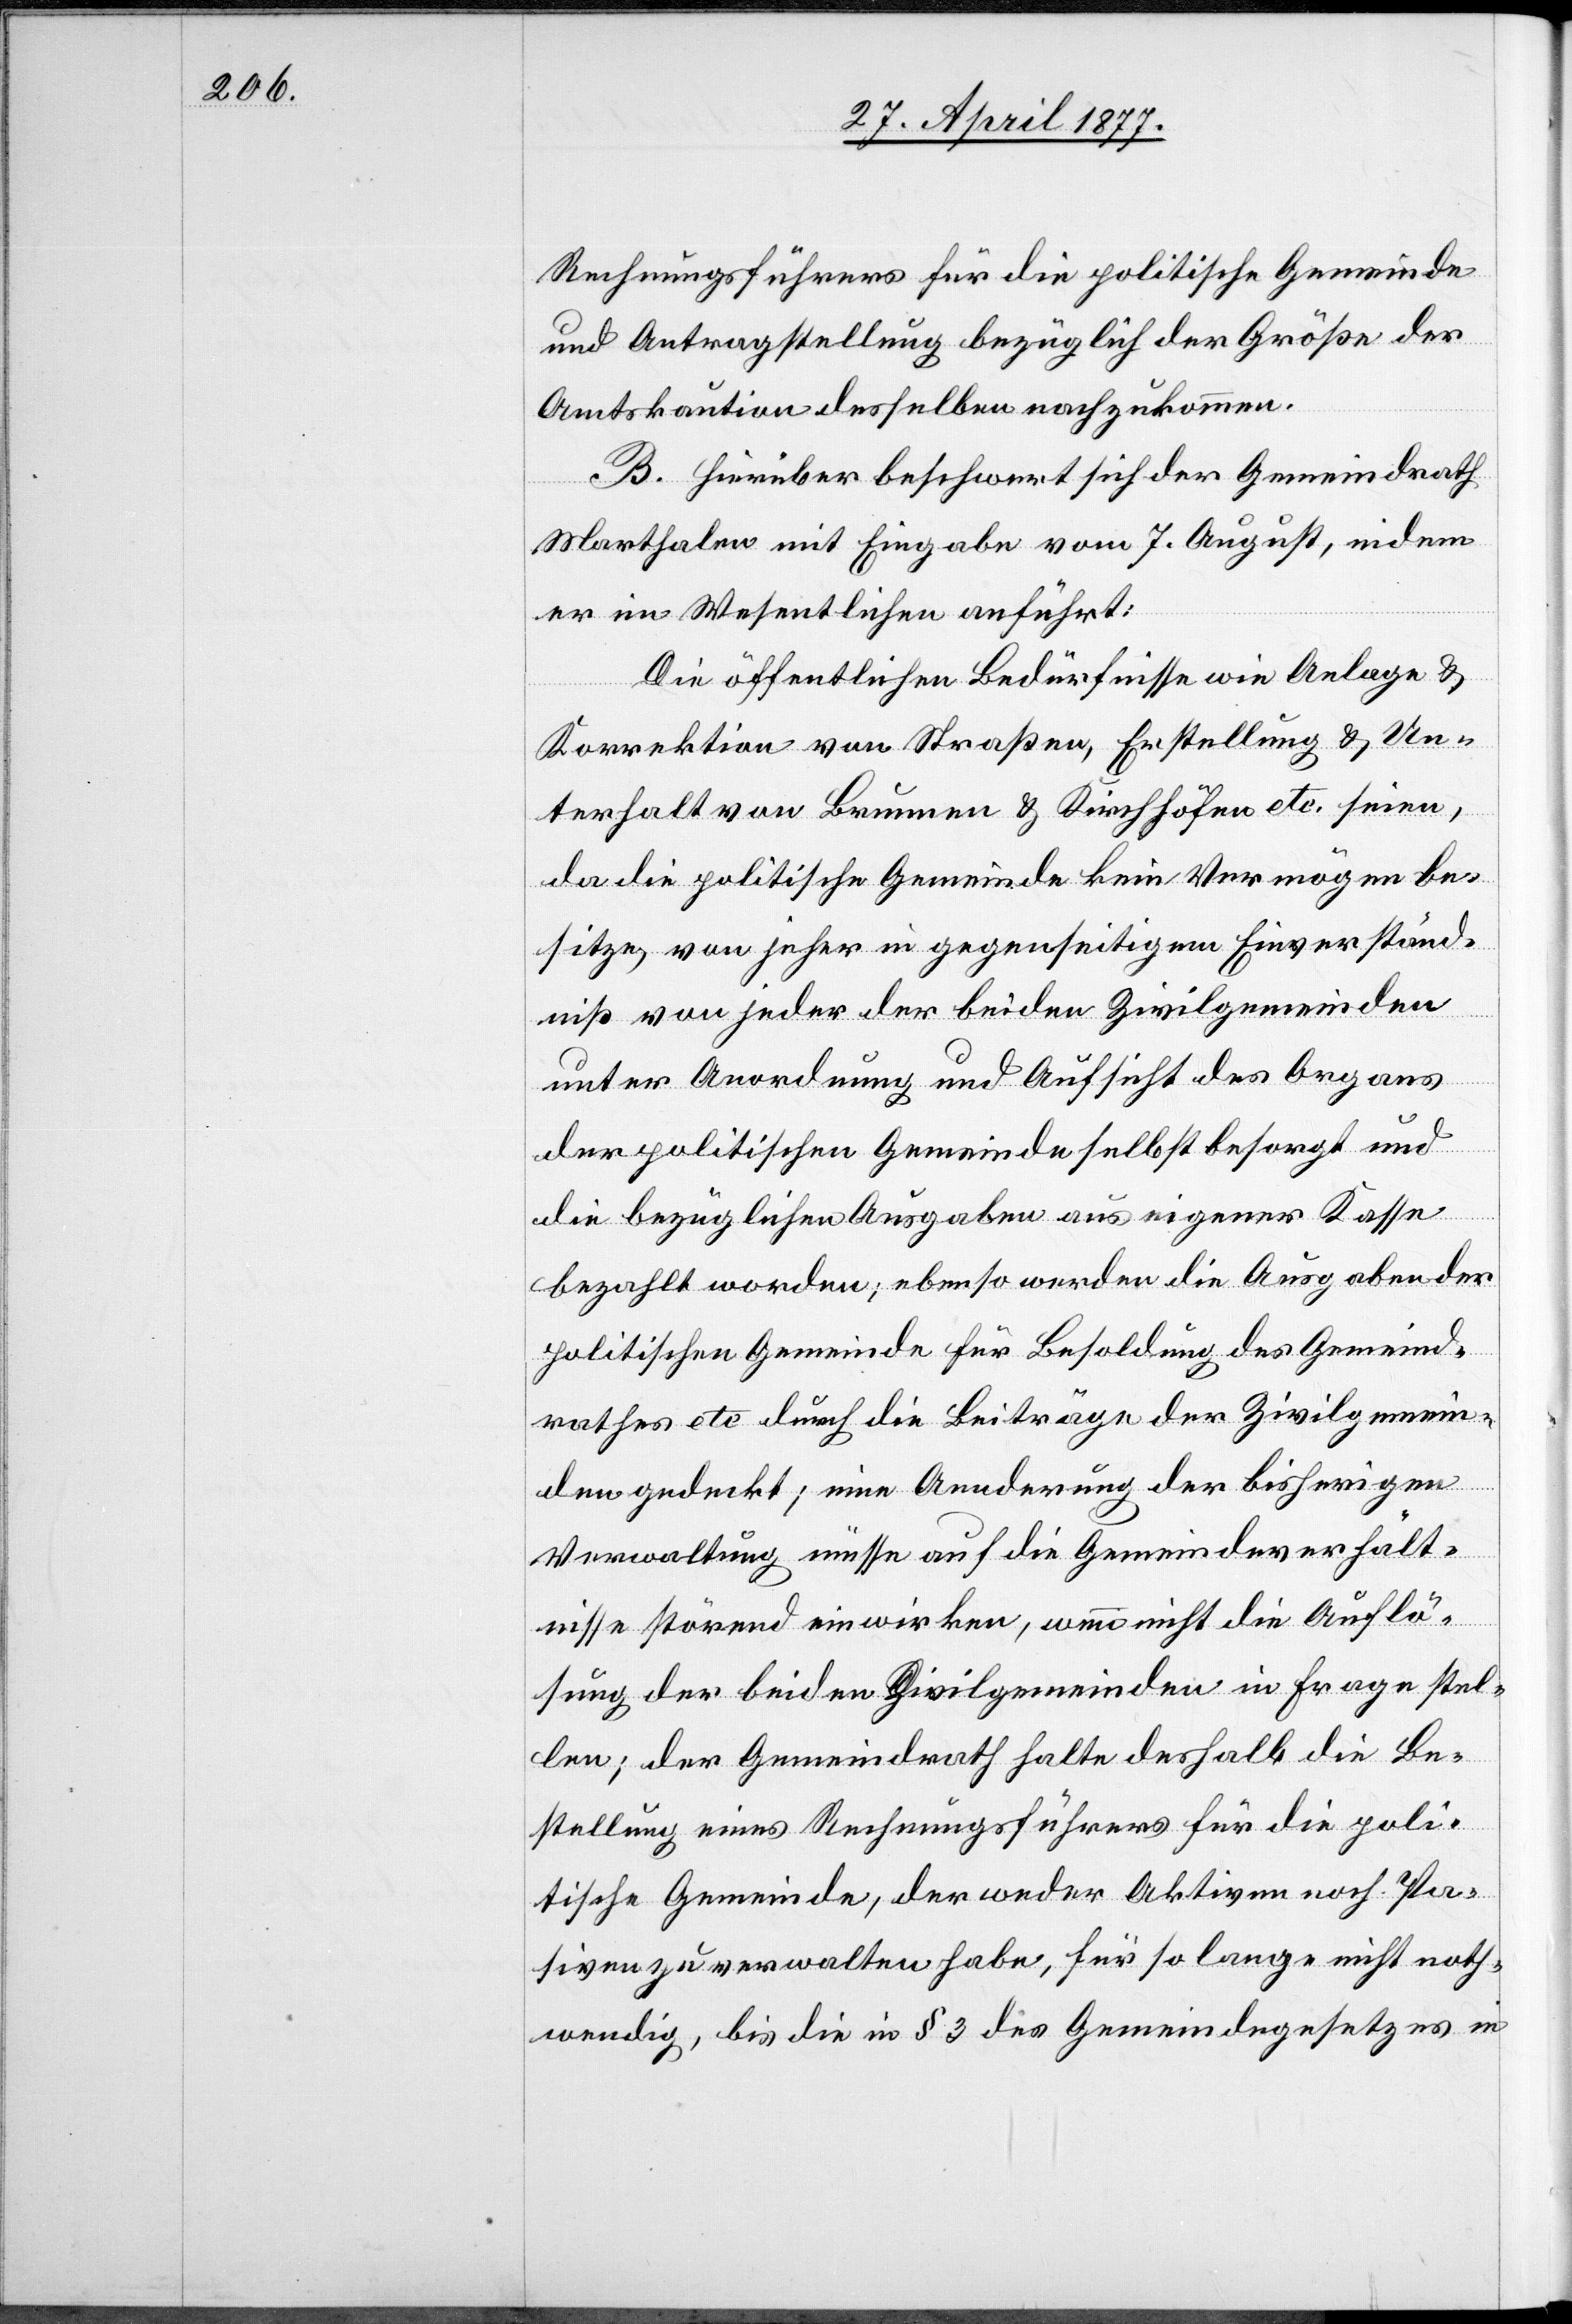
Rechnungsführers für die politische Gemeinde
und Antragstellung bezüglich der Größe der
Amtskaution desselben nachzukommen.
B. Hierüber beschwert sich der Gemeindrath
Marthalen mit Eingabe vom 7. August, indem
er im Wesentlichen anführt:
Die öffentlichen Bedürfnisse wie Anlage &
Korrektion von Straßen, Erstellung & Un¬
terhalt von Brunnen & Kirchhöfen etc. seien,
da die politische Gemeinde kein Vermögen be¬
sitze, von jeher in gegenseitigem Einverständ¬
niß von jeder der beiden Zivilgemeinden
unter Anordnung und Aufsicht des Organs
der politischen Gemeinde selbst besorgt und
die bezüglichen Ausgaben aus eigener Kasse
bezahlt worden; ebenso werden die Ausgaben der
politischen Gemeinde für Besoldung des Gemeind¬
rathes etc. durch die Beiträge der Zivilgemein¬
den gedeckt; eine Aenderung der bisherigen
Verwaltung müsse auf die Gemeindeverhält¬
nisse störend einwirken, wenn nicht die Auflö¬
sung der beiden Zivilgemeinden in Frage stel¬
len; der Gemeindrath halte deshalb die Be¬
stellung eines Rechnungsführers für die poli¬
tische Gemeinde, der weder Aktiven noch Pas¬
siven zu verwalten habe, für so lange nicht noth¬
wendig, bis die in § 3 des Gemeindegesetzes in